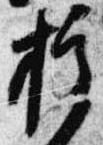
授